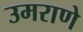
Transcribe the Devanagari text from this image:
उमराणे